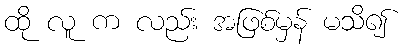
ထို လူ က လည်း အဖြစ်မှန် မသိ၍